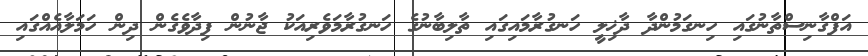
އަފްގާނިސްތާނުގައި ހިނގަމުންދާ ދާޚިލީ ހަނގުރާމައިގައި ތާލިބާނުގެ ހަނގުރާމަވެރިއަކު ޖާނުން ފިދާވެގެން ދިން ހަމަލާއެއްގައި